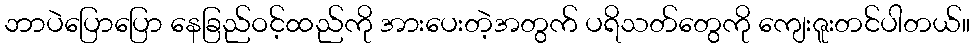
ဘာပဲပြောပြော နေခြည်ဝင့်ထည်ကို အားပေးတဲ့အတွက် ပရိသတ်တွေကို ကျေးဇူးတင်ပါတယ်။